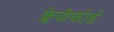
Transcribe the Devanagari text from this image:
क्लेवीकोर्ड